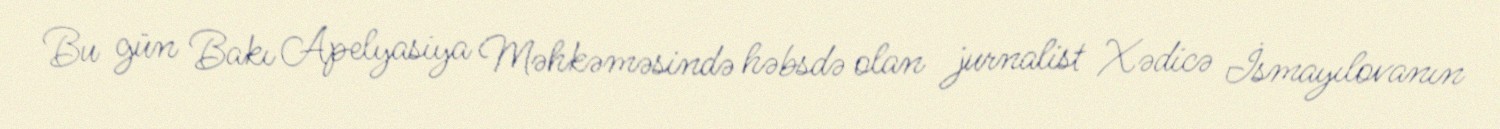
Bu gün Bakı Apelyasiya Məhkəməsində həbsdə olan jurnalist Xədicə İsmayılovanın